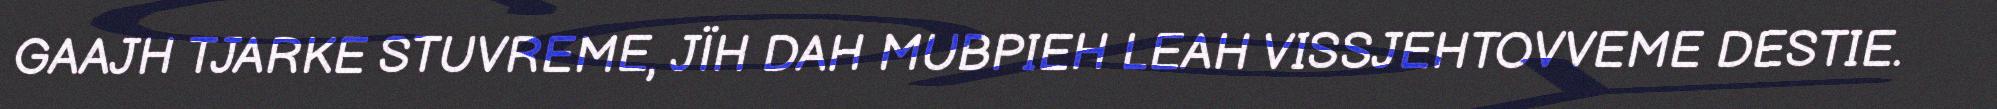
GAAJH TJARKE STUVREME, JÏH DAH MUBPIEH LEAH VISSJEHTOVVEME DESTIE.